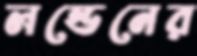
লন্ডেনের